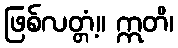
ဖြစ်လတ္တံ့။ ဣတိ၊